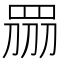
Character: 𥅫